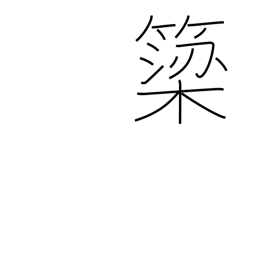
Meaning: weir